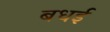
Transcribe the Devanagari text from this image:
बधई